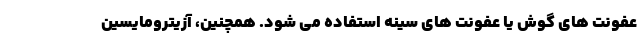
عفونت های گوش یا عفونت های سینه استفاده می شود. همچنین، آزیترومایسین